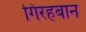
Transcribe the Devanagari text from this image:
गिरहबान